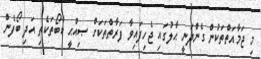
މި ޖަމާއަތްތަކުން ގެންދަނީ ޙާލުގައި ޖެހިފައިވާ ފަރާތްތަކަށް ޞިއްޙީ ކާބޯތަކެތި އަދި ބޯފެން